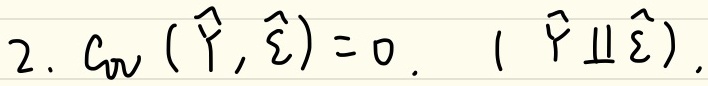
2. $C_{vv}(\hat{\gamma},\hat{\xi}) = 0. \ (\hat{\gamma} \perp \hat{\xi}).$